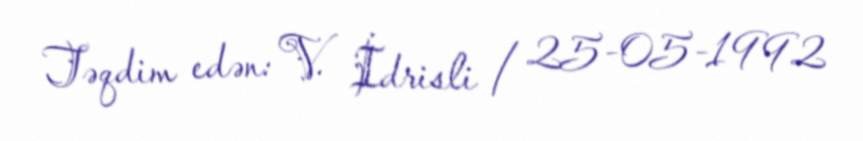
Təqdim edən: V. İdrisli / 25-05-1992